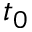
t _ { 0 }